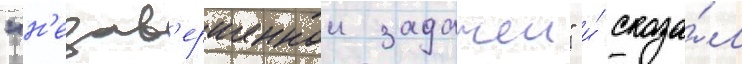
"н'езав'ершеннои задачеи" и́ сказа́л